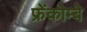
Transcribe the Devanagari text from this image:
फ्रेंकोम्बे